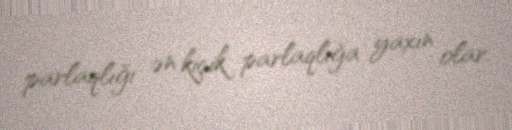
parlaqlığı ən kiçik parlaqlığa yaxın olar.